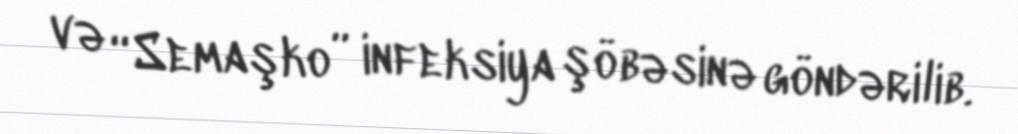
və “Semaşko” infeksiya şöbəsinə göndərilib.